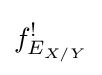
f_{E_{X/Y}}^{!}